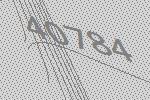
40784